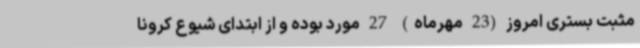
مثبت بستری امروز (23 مهرماه) 27 مورد بوده و از ابتدای شیوع کرونا